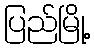
ပြည်မြို့